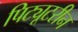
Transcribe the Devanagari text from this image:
पिट्यूटरीन